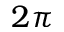
2 \pi